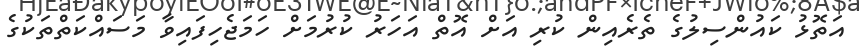
އަތޮޅު ކައުންސިލުގެ ތެރެއިން ކުރި އަށް އޮތް އަހަރު ކުރުމަށް ހަމަޖެހިފައިވާ މަސައްކަތްތަކުގެ